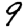
Digit: 9